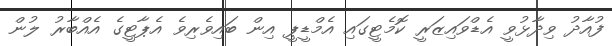
ފުއާދު ވިދާޅުވީ އެޑްވައިޒަރީ ކޮމެޓީގައި އެމްޑީޕީ އިން ބައިވެރިވެ އެޕާޓީގެ އެއްބާރު ލުން